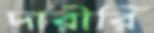
দারীরি